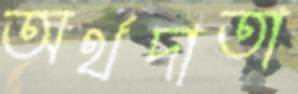
অর্থদাতা